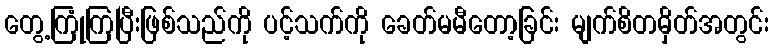
တွေ့ကြုံကြပြီးဖြစ်သည်ကို ပင့်သက်ကို ခေတ်မမီတော့ခြင်း မျက်စိတမှိတ်အတွင်း